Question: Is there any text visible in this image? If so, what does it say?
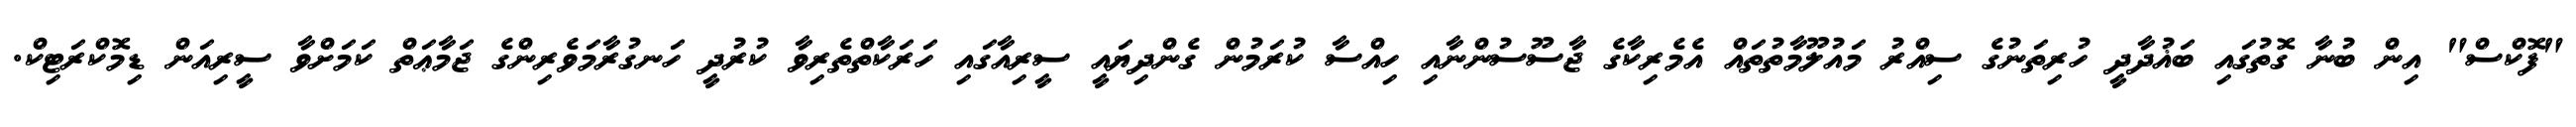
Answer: "ފޮކްސް" އިން ބުނާ ގޮތުގައި ބަޣުދާދީ ހުރިތަނުގެ ސިއްރު މައުލޫމާތުތައް އެމެރިކާގެ ޖާސޫސުންނާއި ހިއްސާ ކުރަމުން ގެންދިޔައީ ސީރިއާގައި ހަރަކާތްތެރިވާ ކުރުދީ ހަނގުރާމަވެރިންގެ ޖަމާޢަތް ކަމަށްވާ ސީރިއަން ޑިމޮކްރަޓިކް.